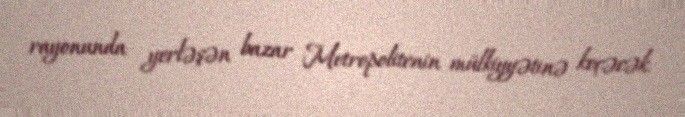
rayonunda yerləşən bazar Metropolitenin mülkiyyətinə keçəcək.